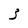
Character: 3